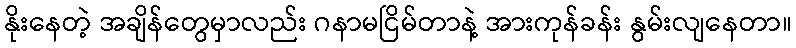
နိုးနေတဲ့ အချိန်တွေမှာလည်း ဂနာမငြိမ်တာနဲ့ အားကုန်ခန်း နွမ်းလျနေတာ။